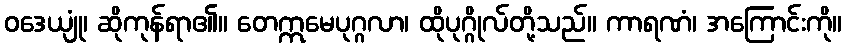
ဝဒေယျုံ၊ ဆိုကုန်ရာ၏။ တေဣမေပုဂ္ဂလာ၊ ထိုပုဂ္ဂိုလ်တို့သည်။ ကာရဏံ၊ အကြောင်းကို။